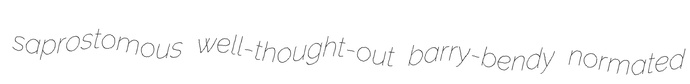
saprostomous well-thought-out barry-bendy normated